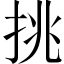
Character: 挑